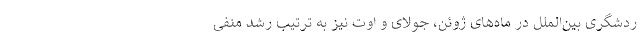
ردشگری بین‌الملل در ماه‌های ژوئن، جولای و اوت نیز به ترتیب رشد منفی